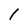
Character: l